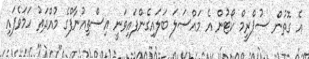
އެ ގޮތުން ސުޕްރީމް ކޯޓުން އެ މައްސަލަ ބަލައިގެންފައިވަނީ އިސްތިއުނާފްގެ މުއްދަތު ހަމަވެފައި